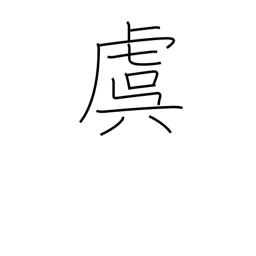
Meaning: concern